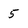
Character: 5